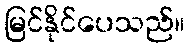
မြင်နိုင်ပေသည်။